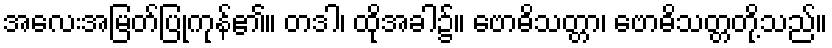
အလေးအမြတ်ပြုကုန်၏။ တဒါ၊ ထိုအခါ၌။ ဗောဓိသတ္တာ၊ ဗောဓိသတ္တတို့သည်။